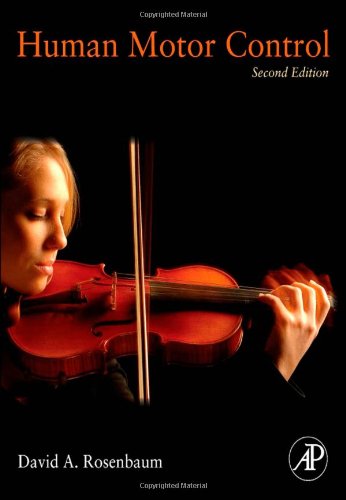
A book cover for Human Motor Control, 2nd Edition; David A. Rosenbaum; Medical Books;